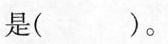
是( )。